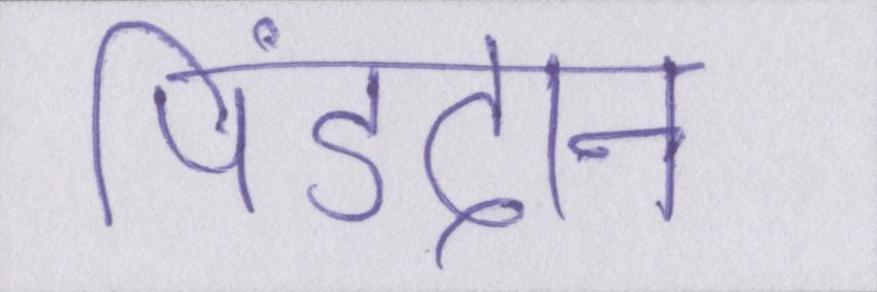
पिंडदान